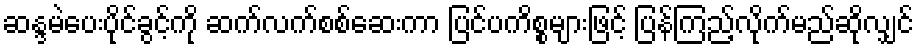
ဆန္ဒမဲပေးပိုင်ခွင့်ကို ဆက်လက်စစ်ဆေးကာ ပြင်ပကိစ္စများဖြင့် ပြန်ကြည့်လိုက်မည်ဆိုလျှင်